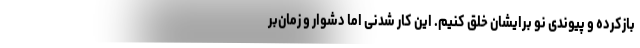
بازکرده و پیوندی نو برایشان خلق کنیم. این کار شدنی اما دشوار و زمان‌بر